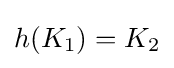
h(K_{1})=K_{2}